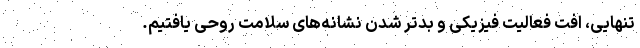
تنهایی، افت فعالیت فیزیکی و بدتر شدن نشانه‌های سلامت روحی یافتیم.